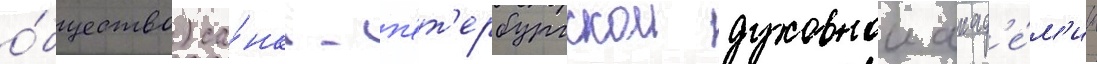
о́бщество) са́нкт-п'ет'ербургскои духовнои акад'е́м'ии